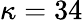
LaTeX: \kappa=34